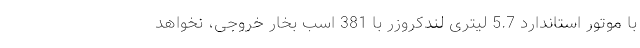
با موتور استاندارد 5.7 لیتری لندکروزر با 381 اسب بخار خروجی، نخواهد